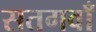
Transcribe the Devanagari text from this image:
सतगवाँ